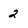
Character: 2